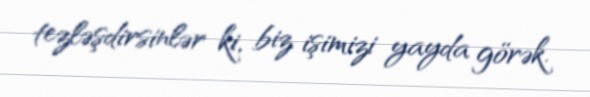
tezləşdirsinlər ki, biz işimizi yayda görək.